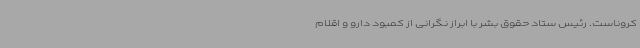
کروناست. رئیس ستاد حقوق بشر با ابراز نگرانی از کمبود دارو و اقلام